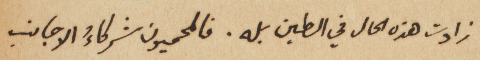
زادت هذه الحال في الطين بله. فالمحميون شركاءُ الاجانب